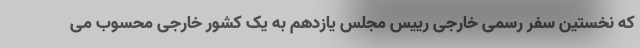
که نخستین سفر رسمی خارجی رییس مجلس یازدهم به یک کشور خارجی محسوب می